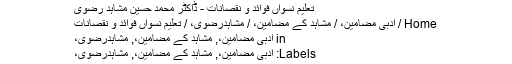
تعلیم نسواں فوائد و نقصانات - ڈاکٹر محمد حسین مُشاہد رضوی
Home / ادبی مضامین، / مشاہد کے مضامین، / مُشاہدرضوی، / تعلیم نسواں فوائد و نقصانات
in ادبی مضامین،, مشاہد کے مضامین،, مُشاہدرضوی،
Labels: ادبی مضامین،, مشاہد کے مضامین،, مُشاہدرضوی،